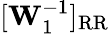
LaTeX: [\mathbf{W}_{1}^{-1}]_{\mathrm{RR}}